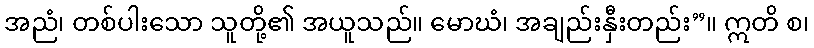
အညံ၊ တစ်ပါးသော သူတို့၏ အယူသည်။ မောဃံ၊ အချည်းနှီးတည်း”။ ဣတိ စ၊